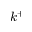
k ^ { + }